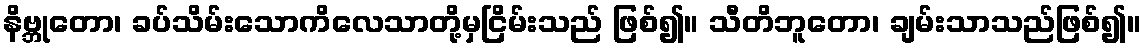
နိဗ္ဘုတော၊ ခပ်သိမ်းသောကိလေသာတို့မှငြိမ်းသည် ဖြစ်၍။ သီတိဘူတော၊ ချမ်းသာသည်ဖြစ်၍။